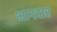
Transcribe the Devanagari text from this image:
भागदार